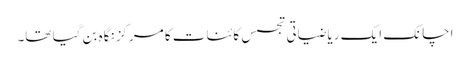
اچانک ایک ریاضیاتی تجسس کائنات کا مرکز نگاہ بن گیا تھا۔